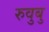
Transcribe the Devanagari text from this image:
रुवुबु